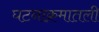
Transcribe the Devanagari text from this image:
घटनाक्रमातली